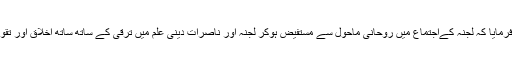
حضور انور ایدہ اللہ تعالیٰ بنصرہ العزیز نے فرمایا کہ لجنہ کےاجتماع میں روحانی ماحول سے مستفیض ہوکر لجنہ اور ناصرات دینی علم میں ترقی کے ساتھ ساتھ اخلاق اور تقویٰ کی اہمیت کا ادراک بھی حاصل کرتی ہیں۔